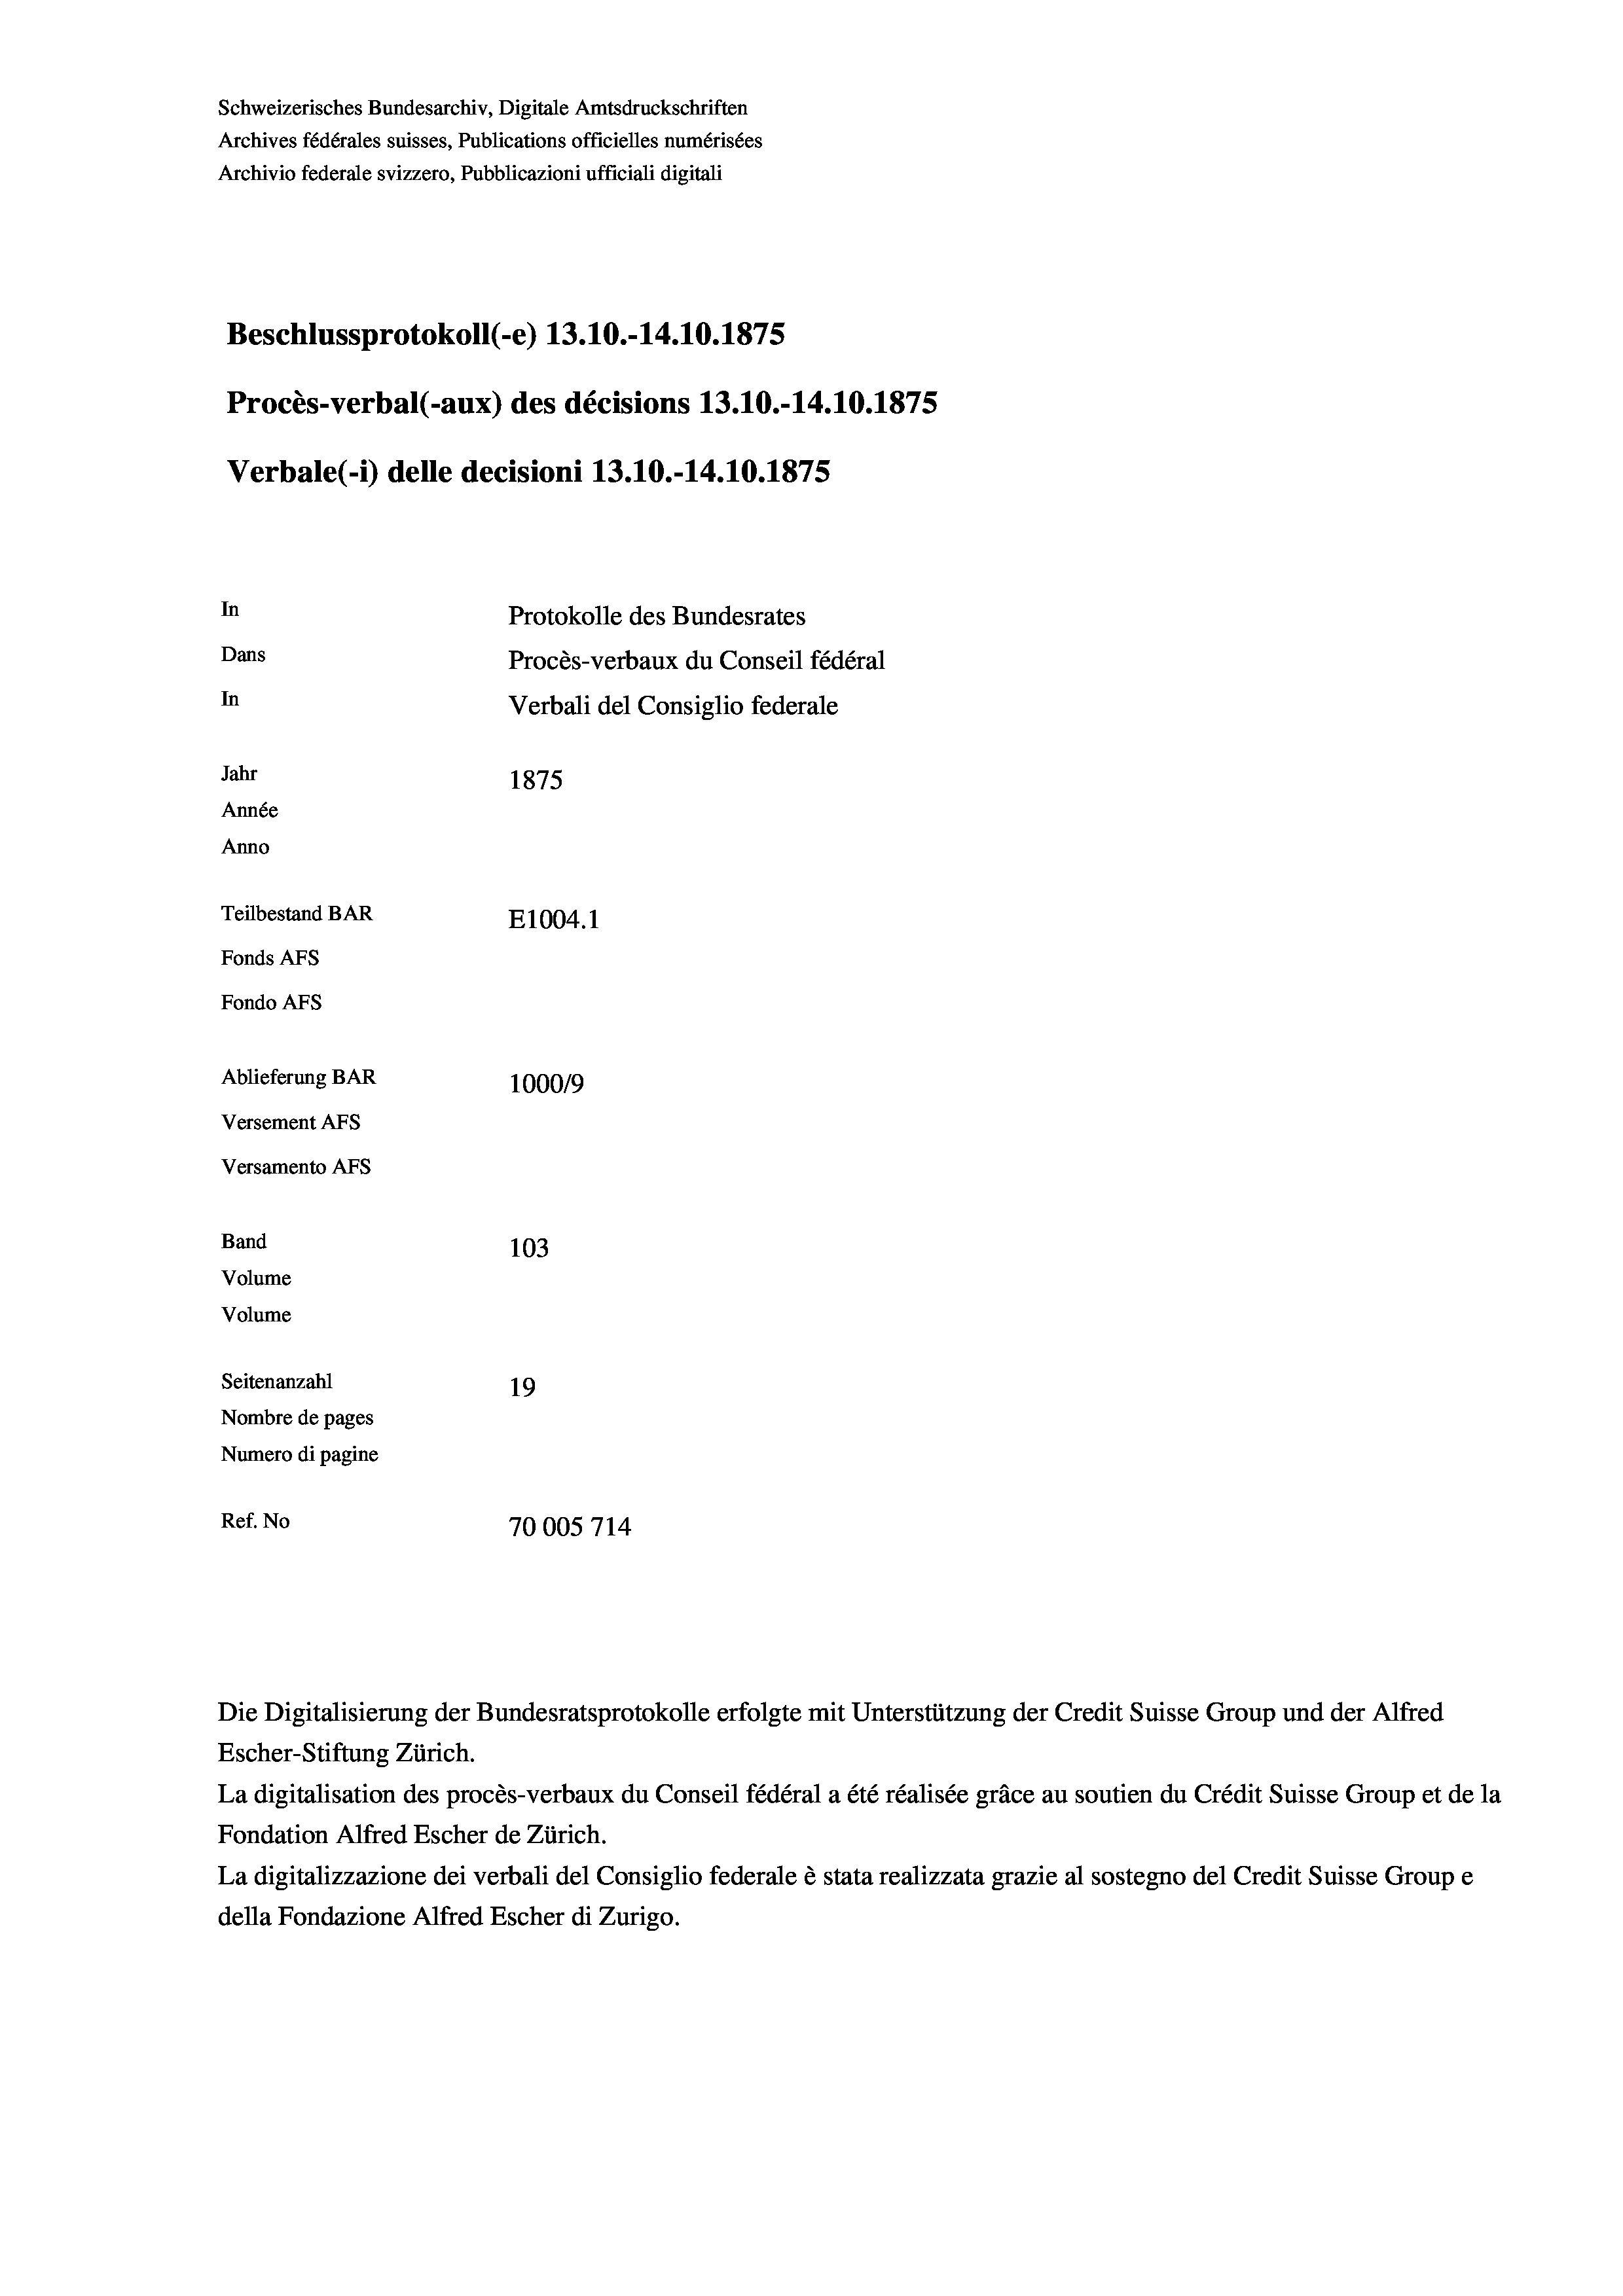
Schweizerisches Bundesarchiv, Digitale Amtsdruckschriften
Archives fédérales suisses, Publications officielles numérisées
Archivio federale svizzero, Pubblicazioni ufficiali digitali
Beschlussprotokoll (-e) 13.10.-14.10.1875
Procès-verbal (-aux) des décisions 13.10.-14.10.1875
Verbale(-*) delle decisioni 13.10.-14.10.1875
In
Protokolle des Bundesrates
Dans
Procès-verbaux du Conseil fédéral
In
Verbali del Consiglio federale
Jahr
1875
Année
Anno
Teilbestand BAR
E1004. 1
Fonds AEs
Fondo Afs
Ablieferung BAR
100019
Versement AFs
Versamento Afs
Band
103
Volume
Volume
Seitenanzahl
19
Nombre de pages
Numero di pagine
Ref. No
70005714

Escher-Stiftung Zürich.
La digitalisation des procès-verbaux du Conseil fédéral a été réalisée gräce au soutien du Crédit Suisse Group et de la
Fondation Alfred Escher de Zürich.
La digitalizzazione dei verbali del Consiglio federale è stata realizzata grazie al sostegno del Credit Suisse Groupe
della Fondazione Alfred Escher di Zurigo.

Die Digitalisierung der Bundesratsprotokolle erfolgte mit Unterstützung der Credit Suisse Group und der Alfred